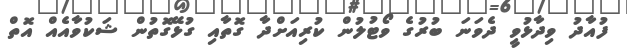
ފުއާދު ވިދާޅުވީ ދެވަނަ ބުރުގެ ވޯޓުލުން ކުރިއަށްދާ ގޮތާއި ގުޅޭގޮތުން ޝަކުވާއެއް އޮތް